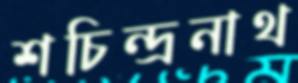
শচিন্দ্রনাথ